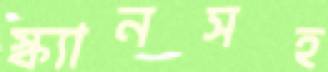
স্ক্যানসহ